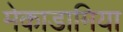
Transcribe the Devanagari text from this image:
मेकाडामिया